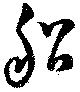
船